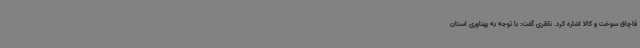
قاچاق سوخت و کالا اشاره کرد. ناظری گفت: با توجه به پهناوری استان